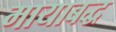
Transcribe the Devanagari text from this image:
मायाबद्ध